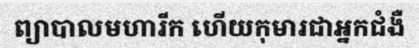
ព្យាបាលមហារីក ហើយកុមារជាអ្នកជំងឺ